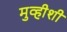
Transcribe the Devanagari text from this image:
मुव्हीशी